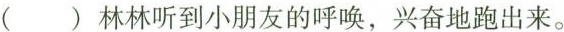
( )林林听到小朋友的呼唤，兴奋地跑出来。